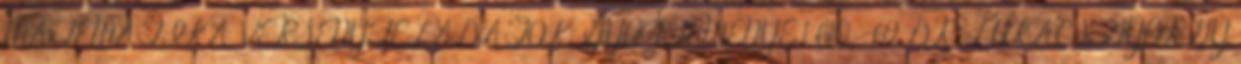
MATEMATIKA VERSENYFELADATOK GYŰJTEMÉNYE 1 610,- 69 DR. LUKÁCS GYÖRGY